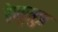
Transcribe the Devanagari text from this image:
रेणुसुत्र